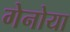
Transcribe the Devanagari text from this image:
गेनोया